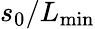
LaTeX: s_{0}/L_{\mathrm{min}}